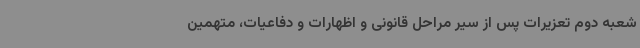
شعبه دوم تعزیرات پس از سیر مراحل قانونی و اظهارات و دفاعیات، متهمین